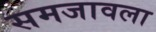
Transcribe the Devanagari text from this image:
समजावला